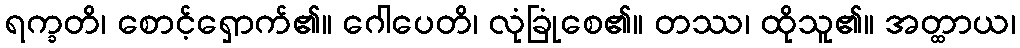
ရက္ခတိ၊ စောင့်ရှောက်၏။ ဂေါပေတိ၊ လုံခြုံစေ၏။ တဿ၊ ထိုသူ၏။ အတ္ထာယ၊